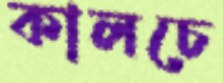
কালচে